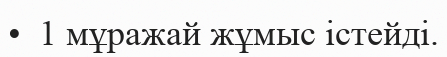
•  1 мұражай жұмыс істейді.